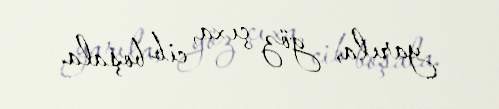
yarıla, göz çıxa, cib boşala.